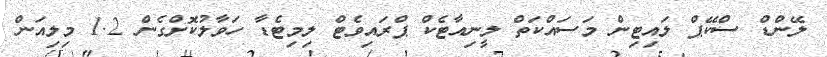
ލޭންޑް ސްކޭޕް ލައިޓިން މަސައްކަތް ލީނިއާޓެކް ޕްރައިވެޓް ލިމިޓެޑާ ހަވާލުކޮށްގެން 1.2 މިލިއަން